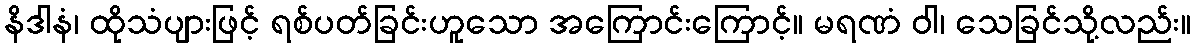
နိဒါနံ၊ ထိုသံပျားဖြင့် ရစ်ပတ်ခြင်းဟူသော အကြောင်းကြောင့်။ မရဏံ ဝါ၊ သေခြင်သို့လည်း။